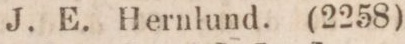
J. E. Hernlund.    (2258)